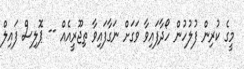
މީގެ ކުރިން ފުލުހުން ހޯދާފައިވާ ވަގަށް ނަގާފައިވާ ތިޖޫރީއެއް -- ޕޮލިސް ފައިލް